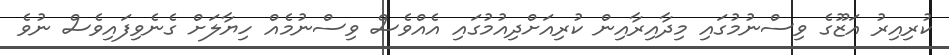
ކުރިއިރު އަޒޫގެ ވިސްނުމުގައި މިދާއިރާއިން ކުރިއަށްދިއުމުގައި އެއްވެސް ވިސްނުމެއް ހިޔާލަށް ގެނެވިފައިވެސް ނުވެ